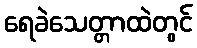
ရေခဲသေတ္တာထဲတွင်